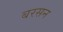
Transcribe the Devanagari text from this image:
बरसन